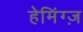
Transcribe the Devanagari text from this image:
हेमिंग्ज़